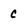
Character: c